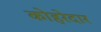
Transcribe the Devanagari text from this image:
कोहरेदार